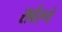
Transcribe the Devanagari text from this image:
सर्वरूपे